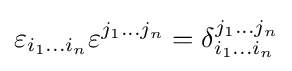
\varepsilon _{i_{1}\dots i_{n}}\varepsilon ^{j_{1}\dots j_{n}}=\delta _{i_{1}\dots i_{n}}^{j_{1}\dots j_{n}}